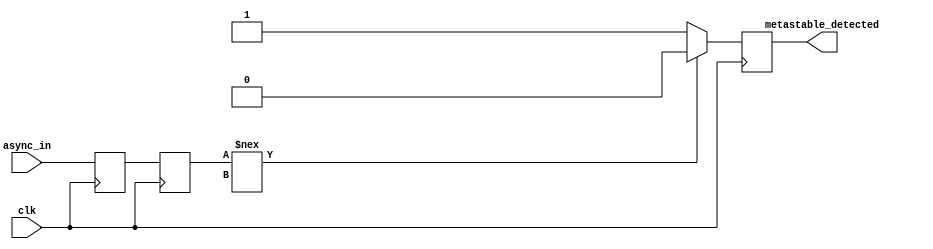
module two_ff_metastability_detector (
    input wire clk,           // Clock signal
    input wire async_in,      // Asynchronous input signal
    output reg metastable_detected // Output signal indicating metastability
);

// Internal flip-flop signals
reg ff1_out;               // Output of the first flip-flop
reg ff2_out;               // Output of the second flip-flop

// Flip-Flop 1: Sample the asynchronous input signal
always @(posedge clk) begin
    ff1_out <= async_in;   // Sample async_in on the rising edge of clk
end

// Flip-Flop 2: Sample the output of the first flip-flop
always @(posedge clk) begin
    ff2_out <= ff1_out;     // Sample ff1_out on the rising edge of clk
end

// Metastability detection logic
always @(posedge clk) begin
    // Check if ff2_out is stable; for simplicity, we assume a metastable condition
    // can be detected if it does not change for two consecutive clock cycles
    if (ff2_out !== 1'bx) begin
        metastable_detected <= 1'b0; // Reset the metastable detected flag
    end else begin
        metastable_detected <= 1'b1; // Indicate a metastability event
    end
end

endmodule